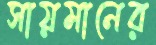
সায়মানের